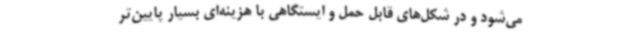
می‌شود و در شکل‌های قابل حمل و ایستگاهی با هزینه‌ای بسیار پایین‌تر